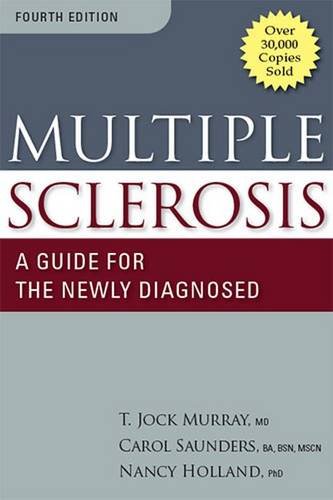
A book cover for Multiple Sclerosis; Dr. T. Jock Murray MS; Health, Fitness & Dieting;